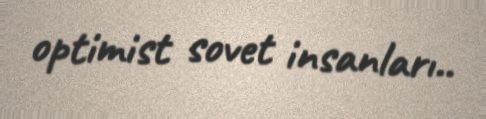
optimist sovet insanları..